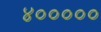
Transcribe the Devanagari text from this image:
४०००००